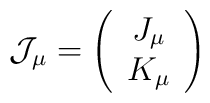
{\cal J}_\mu = \left( \begin{array}{c} J_\mu \\   K_\mu \end{array} \right)